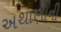
અથાણાની